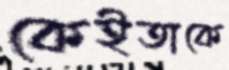
কেইতাকে